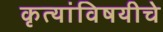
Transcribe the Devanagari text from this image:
कृत्यांविषयीचे